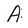
Character: A